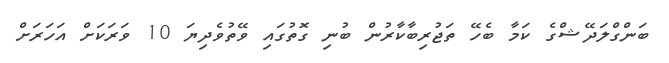
ބަންގްލަދޭޝްގެ ކަމާ ބެހޭ ތަޖުރިބާކާރުން ބުނި ގޮތުގައި ވޭތުވެދިޔަ 10 ވަރަކަށް އަހަރަށް